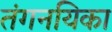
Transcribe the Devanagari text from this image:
तंगनयिका